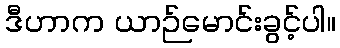
ဒီဟာက ယာဉ်မောင်းခွင့်ပါ။